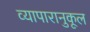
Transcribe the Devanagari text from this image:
व्यापारानुकूल